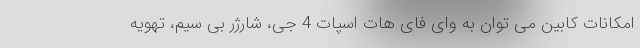
امکانات کابین می توان به وای فای هات اسپات 4 جی، شارژر بی سیم، تهویه